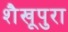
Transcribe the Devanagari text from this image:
शैखूपुरा